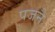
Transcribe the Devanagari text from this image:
पजनै